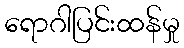
ရောဂါပြင်းထန်မှု